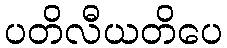
ပတိလီယတိပေ